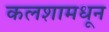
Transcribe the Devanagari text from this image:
कलशामधून